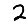
Digit: 2